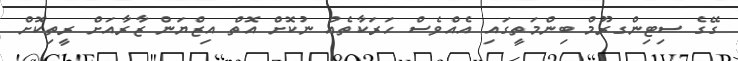
ގޭގެ ސިޓިންގރޫމް ބިންމަތީގައި އެއްވެސް ހަރަކާތެއް ނުކޮށް އޮތް އިޒްޔަން ޒާރާއަށް ރީތިކޮށް